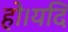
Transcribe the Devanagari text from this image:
हो।यदि